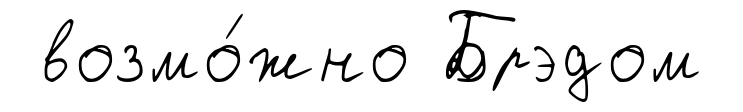
возмо́жно Брэдом